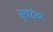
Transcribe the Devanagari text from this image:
सुधारांवर